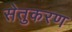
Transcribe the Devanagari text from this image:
सेतुकरण